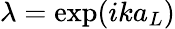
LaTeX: \lambda=\exp(ika_{L})